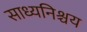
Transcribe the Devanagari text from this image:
साध्यनिश्चय